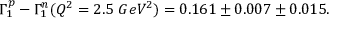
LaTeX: \Gamma _ { 1 } ^ { p } - \Gamma _ { 1 } ^ { n } ( Q ^ { 2 } = 2 . 5 \ G e V ^ { 2 } ) = 0 . 1 6 1 \pm 0 . 0 0 7 \pm 0 . 0 1 5 .